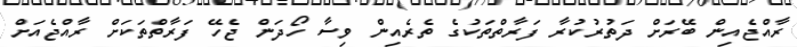
ރާއްޖެއިން ބޭރަށް ދަތުރުކުރާ ފަރާތްތަކުގެ ތެރެއިން ވިސާ ހޯދަން ޖެހޭ ފަރާތްތަކަށް ރާއްޖެއަށް